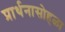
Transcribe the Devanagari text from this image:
प्रार्थनासोहळा